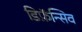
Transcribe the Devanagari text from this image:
डिफ़ॅन्सिव